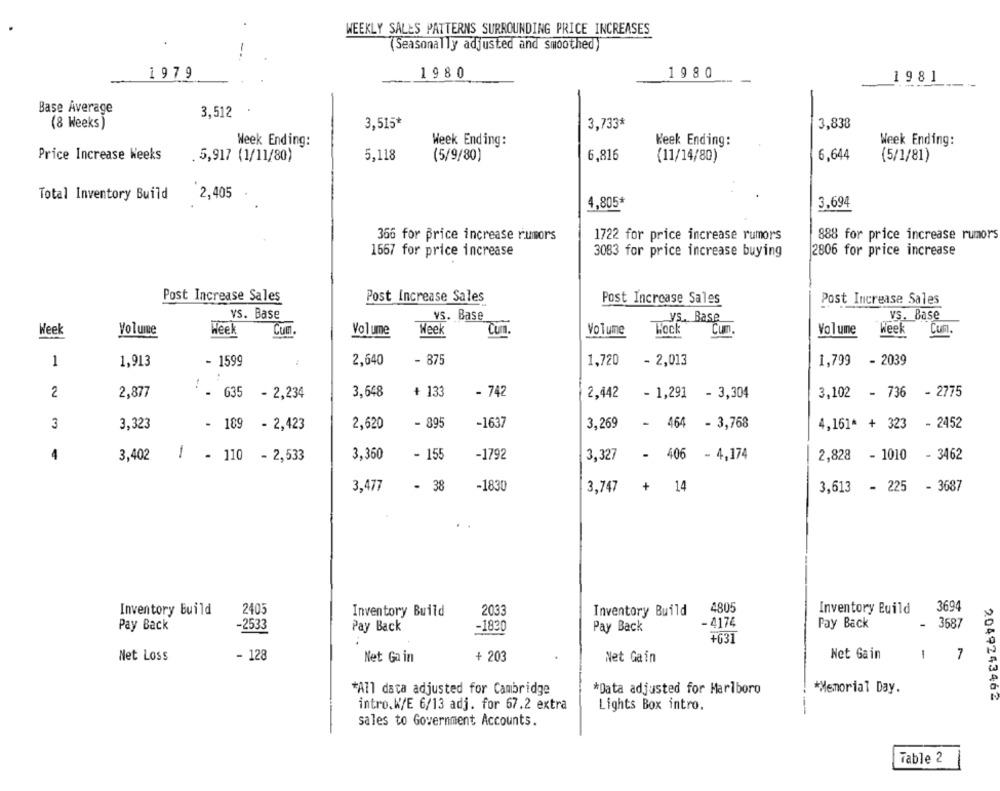
WEEKLY SALES PATTERNS SURROUNDING PRICE INCREASES
(Seasonally adjusted and smoothed)
1979
1980
19 80
1981
Base Average
3,512
(8 Weeks)
3,515*
3.733*
3,838
Week Ending:
Week Ending:
Week Ending:
Week Ending:
Price Increase Weeks
. 5,917 (1/11/80)
5,118
(5/9/80)
6,816
(11/14/80)
6,644
(5/1/81)
Total Inventory Build
2,405
4,805*
3,694
366 for price increase rumors
1722 for price increase rumors
888 for price increase rumors
1667 for price increase
3083 for price increase buying
2806 for price increase
Post Increase Sales
Post Increase Sales
Post Increase Sales
Post Increase Sales
vs. Base
vs. Base
vs. Base
VS. Base
Weel
Volume
Heek
Cum.
Volume
Week
Volume
WOCk
Cum.
Volume
Week
Cum.
1
1,913
- 1599
2,640
- 875
1,720
- 2,013
1,799
- 2039
2
2,877
: . 635
- 2,234
3,648
+ 133
- 742
2,442
- 1,291 - 3,304
3.102
- 736
- 2775
3
3,323
- 189
- 2,423
2,620
- 895
-1637
3,269
- 464 - 3,768
4,161* + 323
- 2452
4
3,402
- 110 - 2,533
3,360
- 155
-1792
3,327
- 406 - 4,174
2,828
- 1010
- 3462
3,477
- 38
-1830
3,747
+ 14
3,613 - 225 - 3687
4805
Inventory Build
3694
Inventory Build
2405
Inventory Build
2033
Inventory Build
-2533
- 4174
Pay Back
-
3687
Pay Back
Pay Back
-1830
Pay Back
+631
Net Loss
- 128
Net Gain
+ 203
Net Gain
Net Gain
1
7
*All data adjusted for Cambridge
*Data adjusted for Marlboro
*Memorial Day.
2049243462
intro.W/E 6/13 adj. for 67.2 extra
Lights Box intro.
sales to Government Accounts.
Table 2